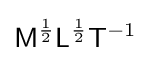
{\mathsf {M}}^{\frac {1}{2}}{\mathsf {L}}^{\frac {1}{2}}{\mathsf {T}}^{-1}